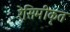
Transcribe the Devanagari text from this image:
रेसिमीकृत